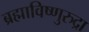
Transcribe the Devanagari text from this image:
ब्रह्माविष्णुरुद्रा